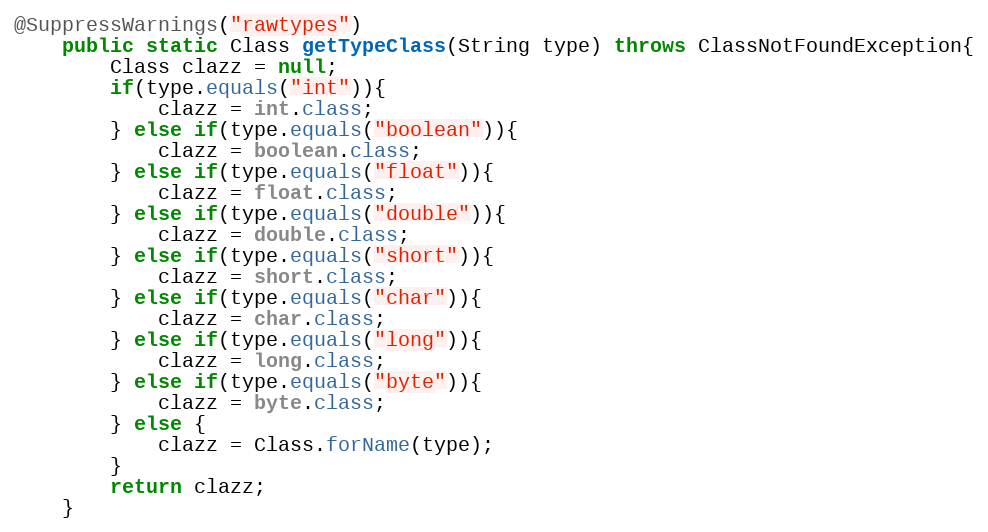
Language: Java
@SuppressWarnings("rawtypes")
	public static Class getTypeClass(String type) throws ClassNotFoundException{
		Class clazz = null;
		if(type.equals("int")){
			clazz = int.class;
		} else if(type.equals("boolean")){
			clazz = boolean.class;
		} else if(type.equals("float")){
			clazz = float.class;
		} else if(type.equals("double")){
			clazz = double.class;
		} else if(type.equals("short")){
			clazz = short.class;
		} else if(type.equals("char")){
			clazz = char.class;
		} else if(type.equals("long")){
			clazz = long.class;
		} else if(type.equals("byte")){
			clazz = byte.class;
		} else {
			clazz = Class.forName(type);
		}
		return clazz;
	}